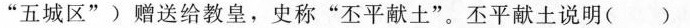
”五城区”)赠送给教皇，史称”丕平献土”。丕平献土说明()